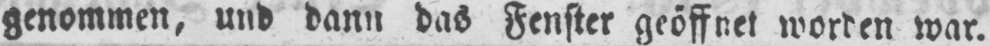
genommen, und dann das Fenster geöffnet worden war.